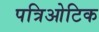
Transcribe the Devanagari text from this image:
पत्रिओटिक